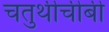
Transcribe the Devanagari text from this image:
चतुर्थीचीबी